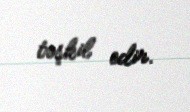
təşkil edir.